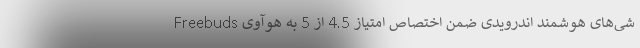
شی‌های هوشمند اندرویدی ضمن اختصاص امتیاز 4.5 از 5 به هوآوی Freebuds